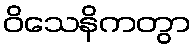
ဝိသေနိကတွာ